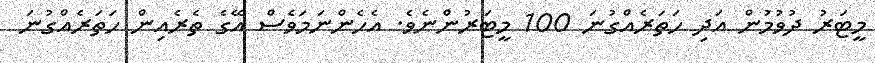
މީޓަރު ދުވުމުން އަދި ހަތަރެއްގުނަ 100 މީޓަރުންނެވެ. އެހެންނަމަވެސް އޭގެ ތެރެއިން ހަތަރެއްގުނަ